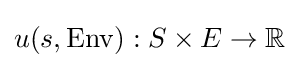
u(s,\mathrm {Env} ):S\times E\rightarrow \mathbb {R}